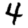
Digit: 4